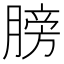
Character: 膀